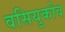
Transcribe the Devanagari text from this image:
वसियुकोव